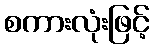
စကားလုံးဖြင့်